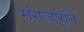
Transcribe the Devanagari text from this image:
मंगलपूर्ति